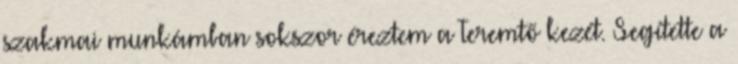
szakmai munkámban sokszor éreztem a Teremtő kezét. Segítette a